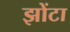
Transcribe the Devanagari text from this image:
झोंटा